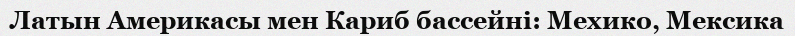
Латын Америкасы мен Кариб бассейні: Мехико, Мексика